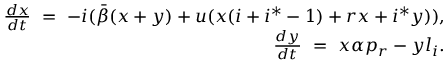
\begin{array} { r } { \frac { d x } { d t } \ = \ - i ( \bar { \beta } ( x + y ) + u ( x ( i + i ^ { * } - 1 ) + r x + i ^ { * } y ) ) , } \\ { \ \ \ \ \frac { d y } { d t } \ = \ x \alpha p _ { r } - y l _ { i } . } \end{array}